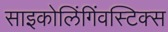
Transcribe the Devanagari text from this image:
साइकोलिंगिंवस्टिक्स